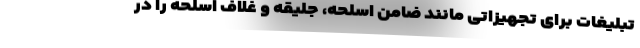
تبلیغات برای تجهیزاتی مانند ضامن اسلحه، جلیقه و غلاف اسلحه را در